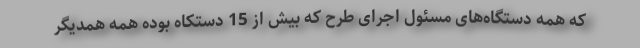
که همه دستگاه‌‌های مسئول اجرای طرح که بیش از 15 دستکاه بوده همه همدیگر